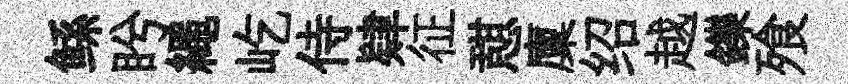
鲧盻繩屹侍肄征憇廩绍越鑠飱